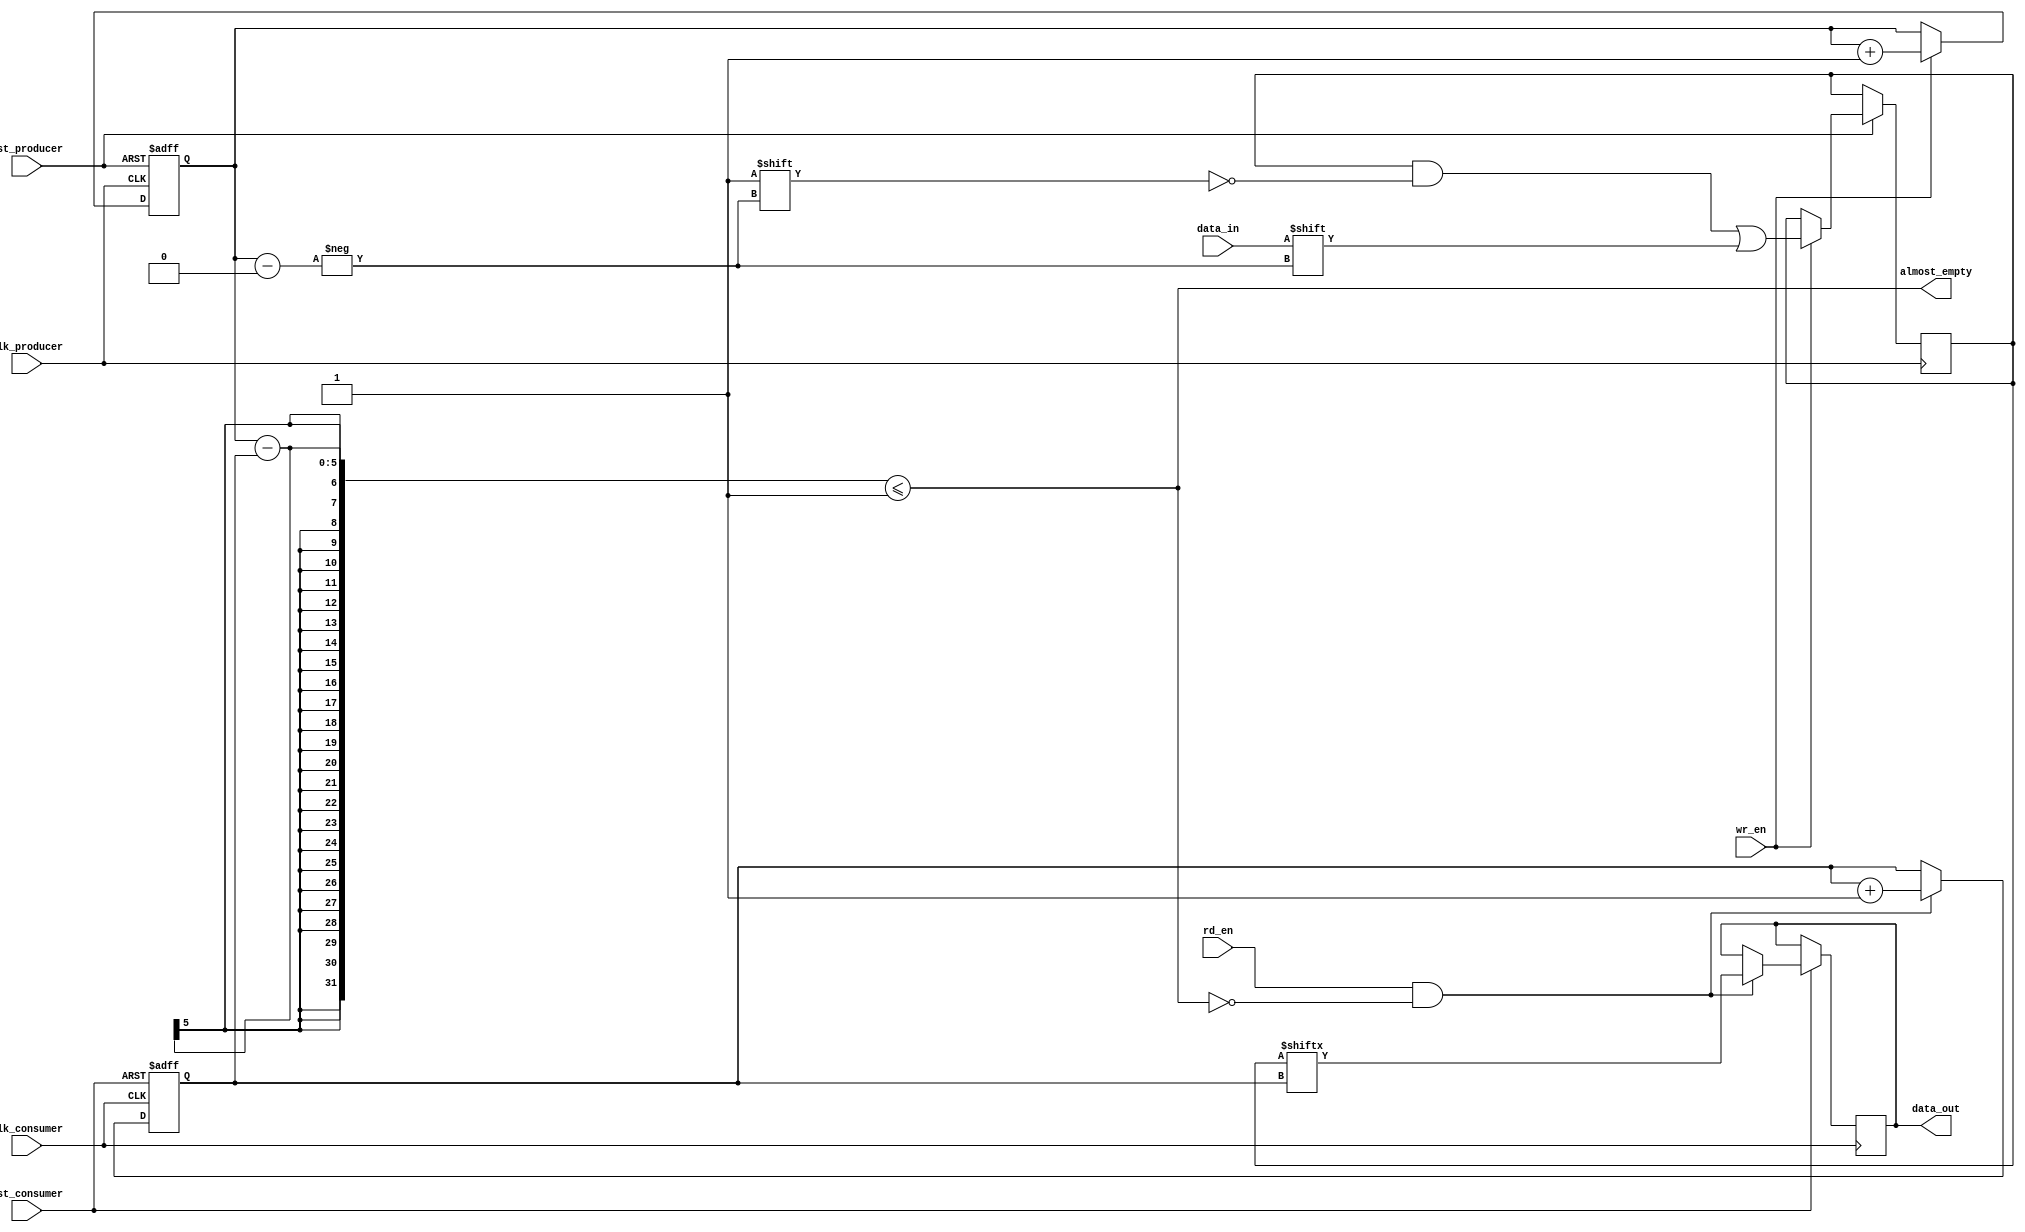
module Almost_Empty_FIFO (
    input wire clk_producer,
    input wire rst_producer,
    input wire data_in,
    input wire wr_en,
    output wire almost_empty,
    
    input wire clk_consumer,
    input wire rst_consumer,
    output wire data_out,
    input wire rd_en
);

parameter FIFO_DEPTH = 16; // Number of memory locations in FIFO buffer
reg [FIFO_DEPTH-1:0] fifo_buffer; // FIFO buffer memory

reg [4:0] write_ptr;
reg [4:0] read_ptr;

always @(posedge clk_producer or negedge rst_producer) begin
    if (!rst_producer) begin
        write_ptr <= 0;
    end else begin
        if (wr_en) begin
            fifo_buffer[write_ptr] <= data_in;
            write_ptr <= write_ptr + 1;
        end
    end
end

assign almost_empty = (write_ptr - read_ptr) <= 1; // Check if FIFO buffer is almost empty

always @(posedge clk_consumer or negedge rst_consumer) begin
    if (!rst_consumer) begin
        read_ptr <= 0;
    end else begin
        if (rd_en && !almost_empty) begin
            data_out <= fifo_buffer[read_ptr];
            read_ptr <= read_ptr + 1;
        end
    end
end

endmodule